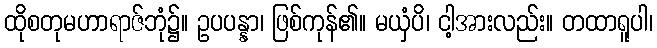
ထိုစတုမဟာရာဇ်ဘုံ၌။ ဥပပန္နာ၊ ဖြစ်ကုန်၏။ မယှံပိ၊ ငါ့အားလည်း။ တထာရူပါ၊